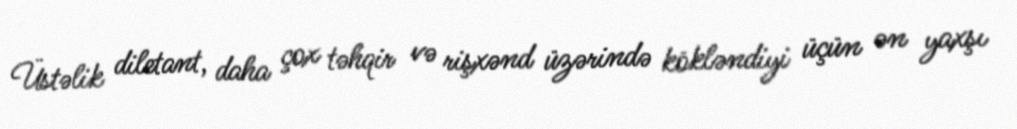
Üstəlik diletant, daha çox təhqir və rişxənd üzərində kökləndiyi üçün ən yaxşı